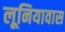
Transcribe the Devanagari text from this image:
लूनियावास